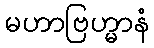
မဟာဗြဟ္မာနံ